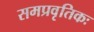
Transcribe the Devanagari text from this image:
समप्रवृतिकः